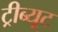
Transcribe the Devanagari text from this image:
ट्रीब्यूट